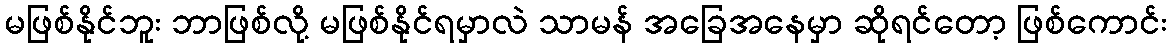
မဖြစ်နိုင်ဘူး ဘာဖြစ်လို့ မဖြစ်နိုင်ရမှာလဲ သာမန် အခြေအနေမှာ ဆိုရင်တော့ ဖြစ်ကောင်း